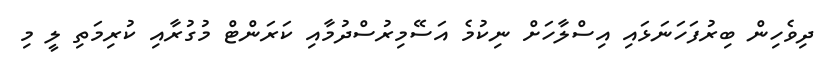
ދިވެހިން ބިރުފަހަނަޅައި އިސްލާހަށް ނިކުމެ އަސޭމިރުސްދުމާއި ކަރަންޓް މުގުރާއި ކުރިމަތި ލީ މި